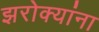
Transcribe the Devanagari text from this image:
झरोक्यांना